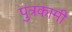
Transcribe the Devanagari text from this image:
पुत्रकामी